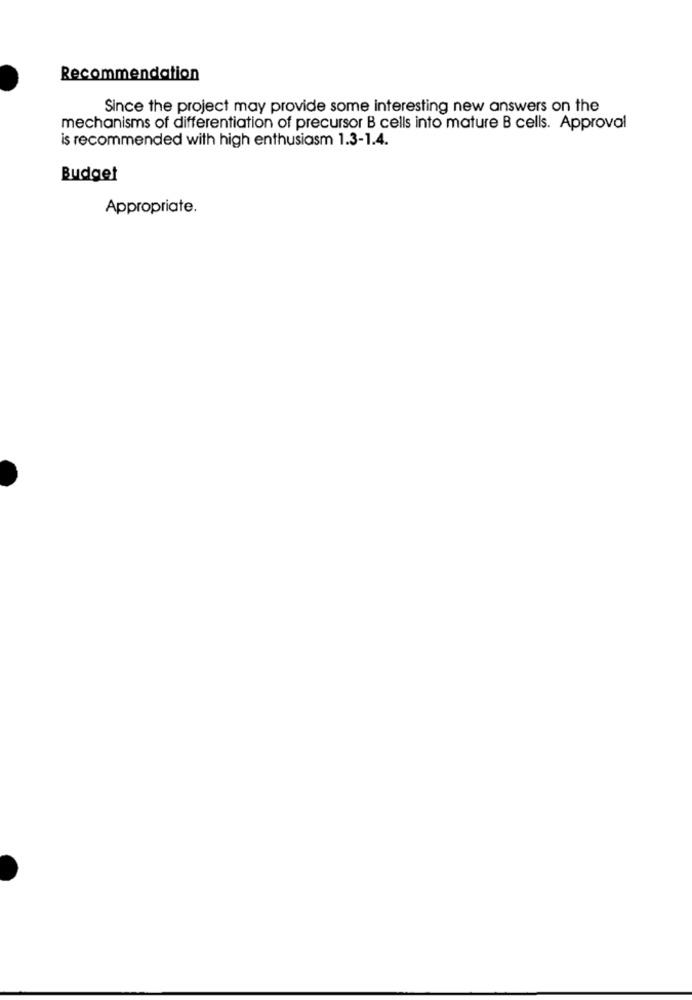
Recommendation
Since the project may provide some interesting new answers on the
mechanisms of differentiation of precursor B cells into mature B cells. Approval
is recommended with high enthusiasm 1.3-1.4.
Budget
Appropriate.